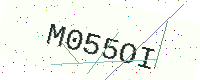
Text: M055OI